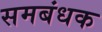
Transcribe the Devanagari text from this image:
समबंधक